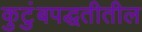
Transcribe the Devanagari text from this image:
कुटुंबपद्धतीतील